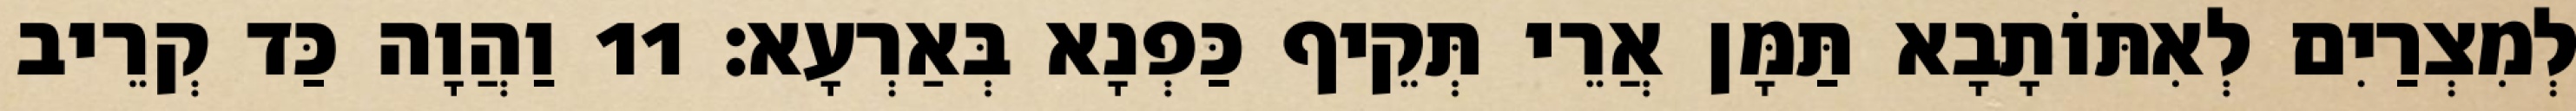
לְמִצְרַיִם לְאִתּוֹתָבָא תַּמָּן אֲרֵי תְּקֵיף כַּפְנָא בְּאַרְעָא׃ 11 וַהֲוָה כַּד קְרֵיב